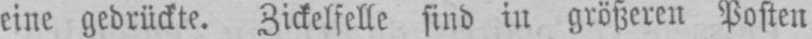
eine gedrückte. Zickelfelle sind in größeren Posten